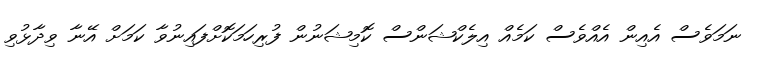
ނަމަވެސް އެއިން އެއްވެސް ކަމެއް އިލެކްޝަންސް ކޮމިޝަނުން ފުރިހަމަކޮށްފައިނުވާ ކަމަށް އޭނާ ވިދާޅުވި